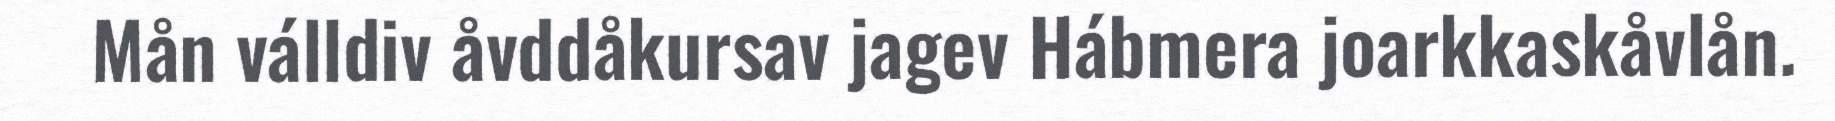
Mån válldiv åvddåkursav jagev Hábmera joarkkaskåvlån.